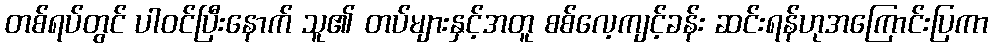
တစ်ရပ်တွင် ပါဝင်ပြီးနောက် သူ၏ တပ်များနှင့်အတူ စစ်လေ့ကျင့်ခန်း ဆင်းရန်ဟုအကြောင်းပြကာ